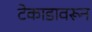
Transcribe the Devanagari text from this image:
टेकाडावरून